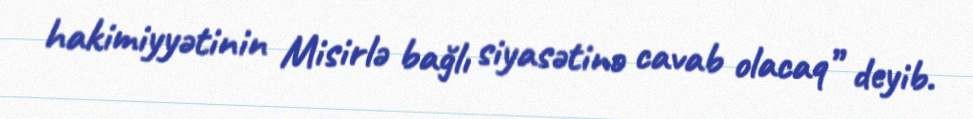
hakimiyyətinin Misirlə bağlı siyasətinə cavab olacaq” deyib.